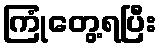
ကြုံတွေ့ရပြီး